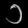
Digit: ၁